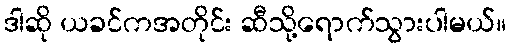
ဒါဆို ယခင်ကအတိုင်း ဆီသို့ရောက်သွားပါမယ်။